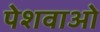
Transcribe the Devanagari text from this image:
पेशवाओ